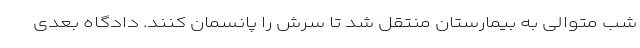
شب متوالی به بیمارستان منتقل شد تا سرش را پانسمان کنند. دادگاه بعدی